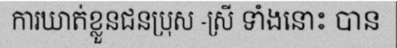
ការឃាត់ខ្លួនជនប្រុស -ស្រី ទាំងនោះ បាន